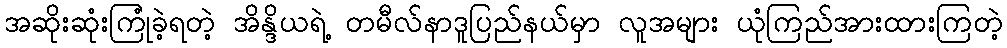
အဆိုးဆုံးကြုံခဲ့ရတဲ့ အိန္ဒိယရဲ့ တမီလ်နာဒူပြည်နယ်မှာ လူအများ ယုံကြည်အားထားကြတဲ့